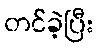
တင်ခဲ့ပြီး